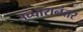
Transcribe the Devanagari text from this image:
उच्चारानंतर